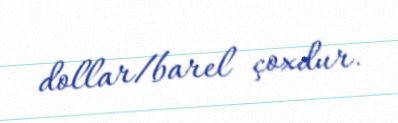
dollar/barel çoxdur.